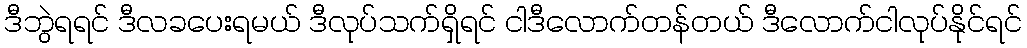
ဒီဘွဲရရင် ဒီလခပေးရမယ် ဒီလုပ်သက်ရှိရင် ငါဒီလောက်တန်တယ် ဒီလောက်ငါလုပ်နိုင်ရင်